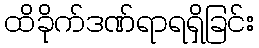
ထိခိုက်ဒဏ်ရာရရှိခြင်း